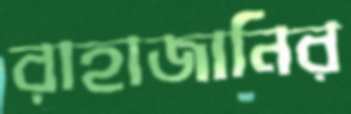
রাহাজানির